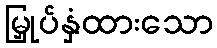
မြှုပ်နှံထားသော